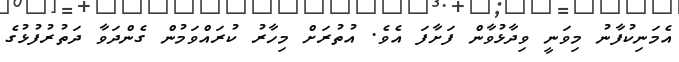
އެމަނިކުފާނު މިވަނީ ވިދާޅުވާން ފަށާފަ އެވެ. އުތުރަށް މިހާރު ކުރައްވަމުން ގެންދަވާ ދަތުރުފުޅުގެ